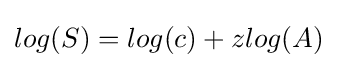
log(S)=log(c)+zlog(A)